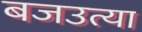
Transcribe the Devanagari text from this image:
बजउत्या